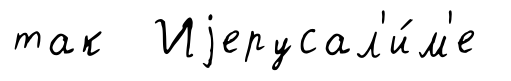
так Иjерусал'и́м'е